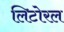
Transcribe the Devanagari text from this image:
लिटोरल